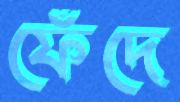
ফেঁদে